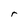
Character: r